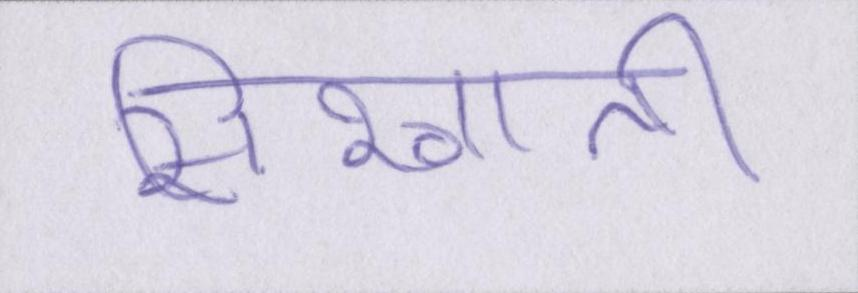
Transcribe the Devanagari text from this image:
सिखाती